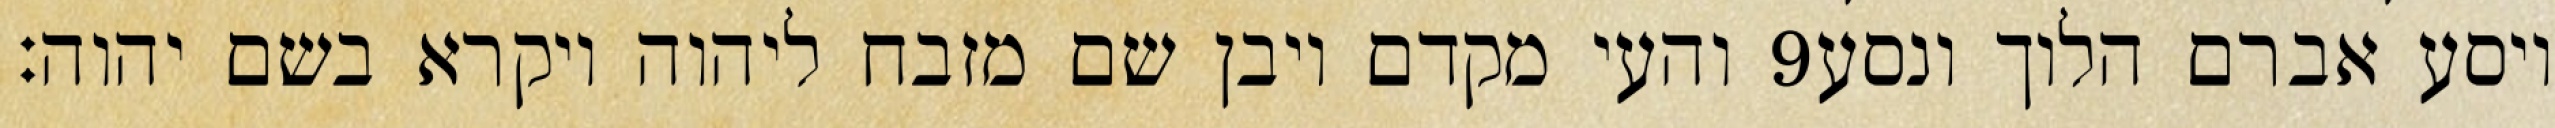
והעי מקדם ויבן שם מזבח ליהוה ויקרא בשם יהוה׃ ‎9‏ ויסע אברם הלוך ונסע